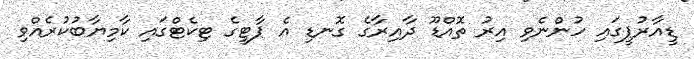
ޑީއާރުޕީގައި ހުންނެވި އިރު ތޮއްޑޫ ދާއިރާގެ ގޮނޑި އެ ޕާޓީގެ ޓިކެޓްގައި ކާމިޔާބުކުރެއްވި